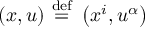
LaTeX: ( x , u ) \ { \stackrel { \mathrm { d e f } } { = } } \ \left( x ^ { i } , u ^ { \alpha } \right)